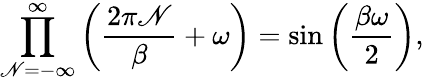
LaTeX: \prod_{\mathscr{N}=-\infty}^{\infty}\left(\frac{{2\pi\mathscr{N}}}{{\beta}}+\omega\right)=\sin\left(\frac{{\beta\omega}}{{2}}\right),